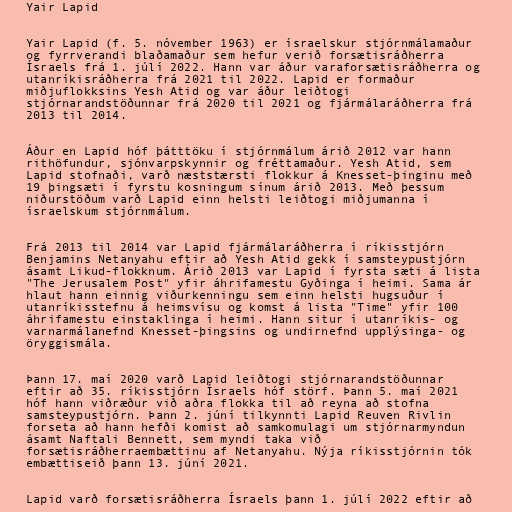
Yair Lapid

Yair Lapid (f. 5. nóvember 1963) er ísraelskur stjórnmálamaður
og fyrrverandi blaðamaður sem hefur verið forsætisráðherra
Ísraels frá 1. júlí 2022. Hann var áður varaforsætisráðherra og
utanríkisráðherra frá 2021 til 2022. Lapid er formaður
miðjuflokksins Yesh Atid og var áður leiðtogi
stjórnarandstöðunnar frá 2020 til 2021 og fjármálaráðherra frá
2013 til 2014.

Áður en Lapid hóf þátttöku í stjórnmálum árið 2012 var hann
rithöfundur, sjónvarpskynnir og fréttamaður. Yesh Atid, sem
Lapid stofnaði, varð næststærsti flokkur á Knesset-þinginu með
19 þingsæti í fyrstu kosningum sínum árið 2013. Með þessum
niðurstöðum varð Lapid einn helsti leiðtogi miðjumanna í
ísraelskum stjórnmálum.

Frá 2013 til 2014 var Lapid fjármálaráðherra í ríkisstjórn
Benjamins Netanyahu eftir að Yesh Atid gekk í samsteypustjórn
ásamt Likud-flokknum. Árið 2013 var Lapid í fyrsta sæti á lista
"The Jerusalem Post" yfir áhrifamestu Gyðinga í heimi. Sama ár
hlaut hann einnig viðurkenningu sem einn helsti hugsuður í
utanríkisstefnu á heimsvísu og komst á lista "Time" yfir 100
áhrifamestu einstaklinga í heimi. Hann situr í utanríkis- og
varnarmálanefnd Knesset-þingsins og undirnefnd upplýsinga- og
öryggismála.

Þann 17. maí 2020 varð Lapid leiðtogi stjórnarandstöðunnar
eftir að 35. ríkisstjórn Ísraels hóf störf. Þann 5. maí 2021
hóf hann viðræður við aðra flokka til að reyna að stofna
samsteypustjórn. Þann 2. júní tilkynnti Lapid Reuven Rivlin
forseta að hann hefði komist að samkomulagi um stjórnarmyndun
ásamt Naftali Bennett, sem myndi taka við
forsætisráðherraembættinu af Netanyahu. Nýja ríkisstjórnin tók
embættiseið þann 13. júní 2021.

Lapid varð forsætisráðherra Ísraels þann 1. júlí 2022 eftir að